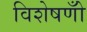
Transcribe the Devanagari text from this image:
विशेषणोँ